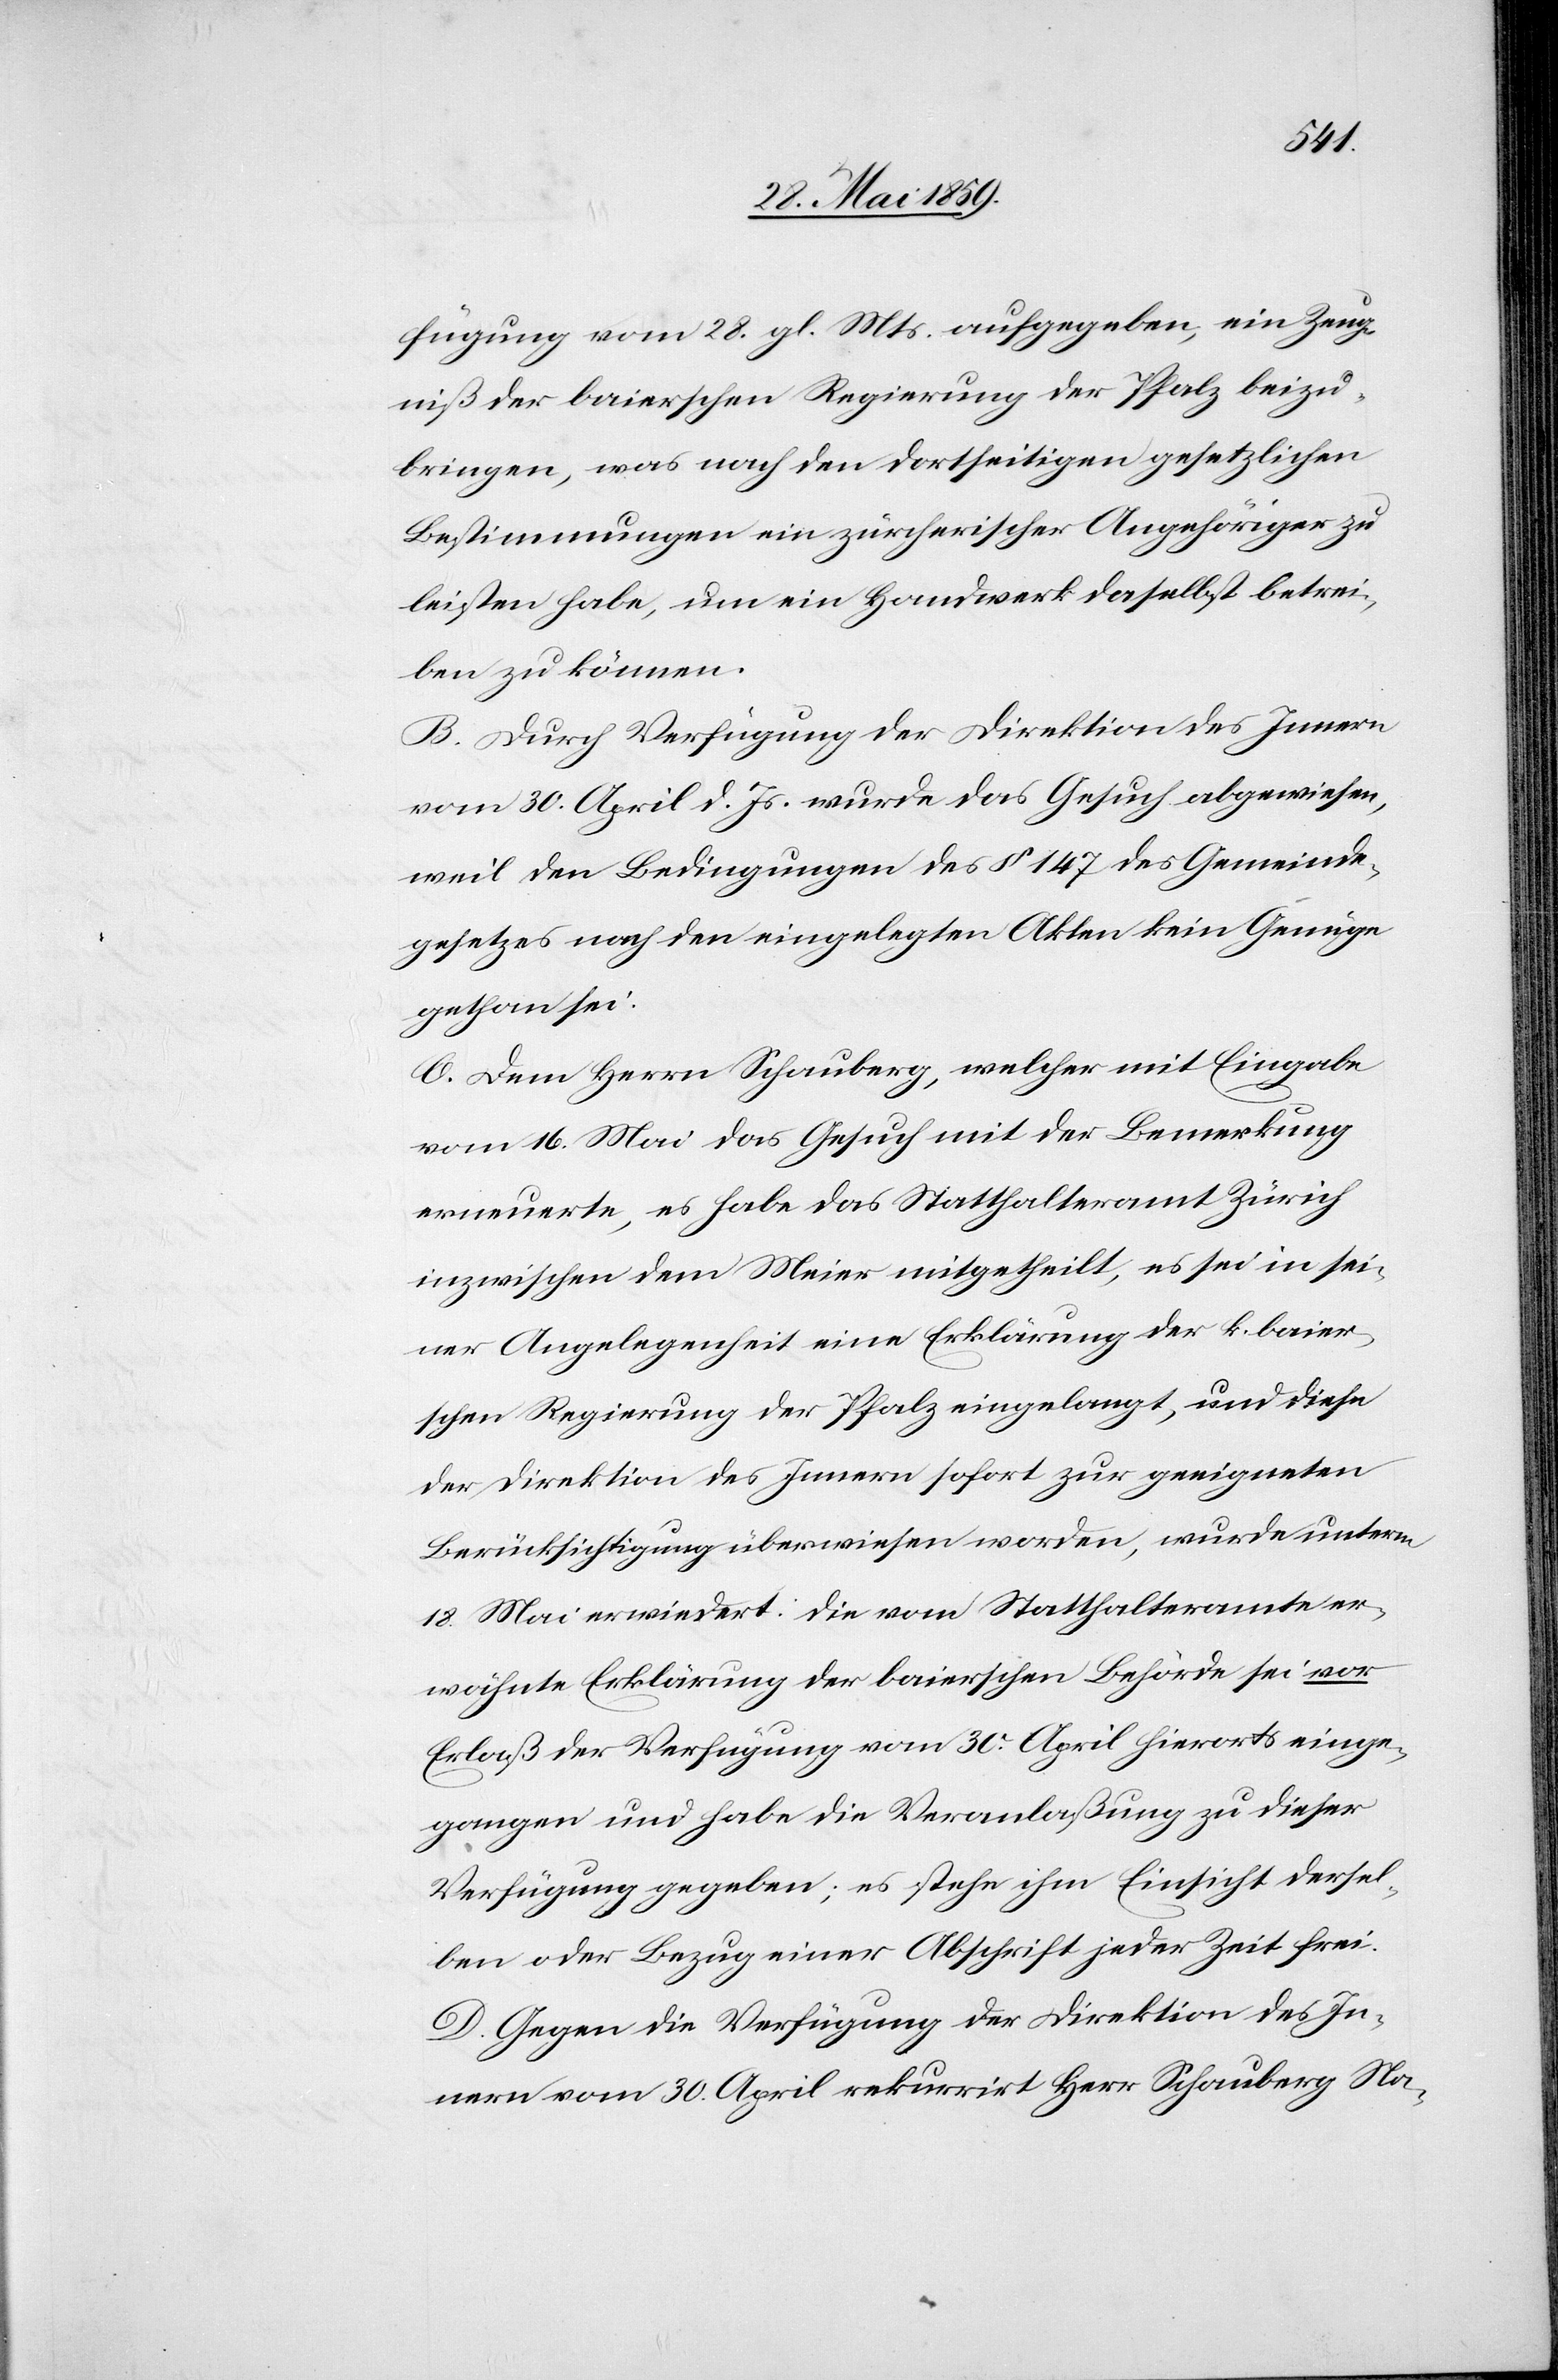
fügung vom 28. gl. Mts. aufgegeben, ein Zeug¬
niß der baierschen Regierung der Pfalz beizu¬
bringen, was nach den dortseitigen gesetzlichen
Bestimmungen ein zürcherischer Angehöriger zu
leisten habe, um ein Handwerk daselbst betrei¬
ben zu können.
B. Durch Verfügung der Direktion des Innern
vom 30. April d. Js. wurde das Gesuch abgewiesen,
weil den Bedingungen des § 147 des Gemeinde¬
gesetzes nach den eingelegten Akten kein Genüge
gethan sei.
C. Dem Herrn Schauberg, welcher mit Eingabe
vom 16. Mai das Gesuch mit der Bemerkung
erneuerte, es habe das Statthalteramt Zürich
inzwischen dem Meier mitgehtheilt, es sei in sei¬
ner Angelegenheit eine Erklärung der k. baier¬
schen Regierung der Pfalz eingelangt, und diese
der Direktion des Innern sofort zur geeigneten
Berücksichtigung überwiesen worden, wurde unterm
18. Mai erwiedert: die vom Statthalteramte er¬
wähnte Erklärung der baierschen Behörde sei vor
Erlaß der Verfügung vom 30. April hierorts einge¬
gangen und habe die Veranlaßung zu dieser
Verfügung gegeben; es stehe ihm Einsicht dersel¬
ben oder Bezug einer Abschrift jeder Zeit frei.
D. Gegen die Verfügung der Direktion des In¬
nern vom 30. April rekurrirt Herr Schauberg Na-